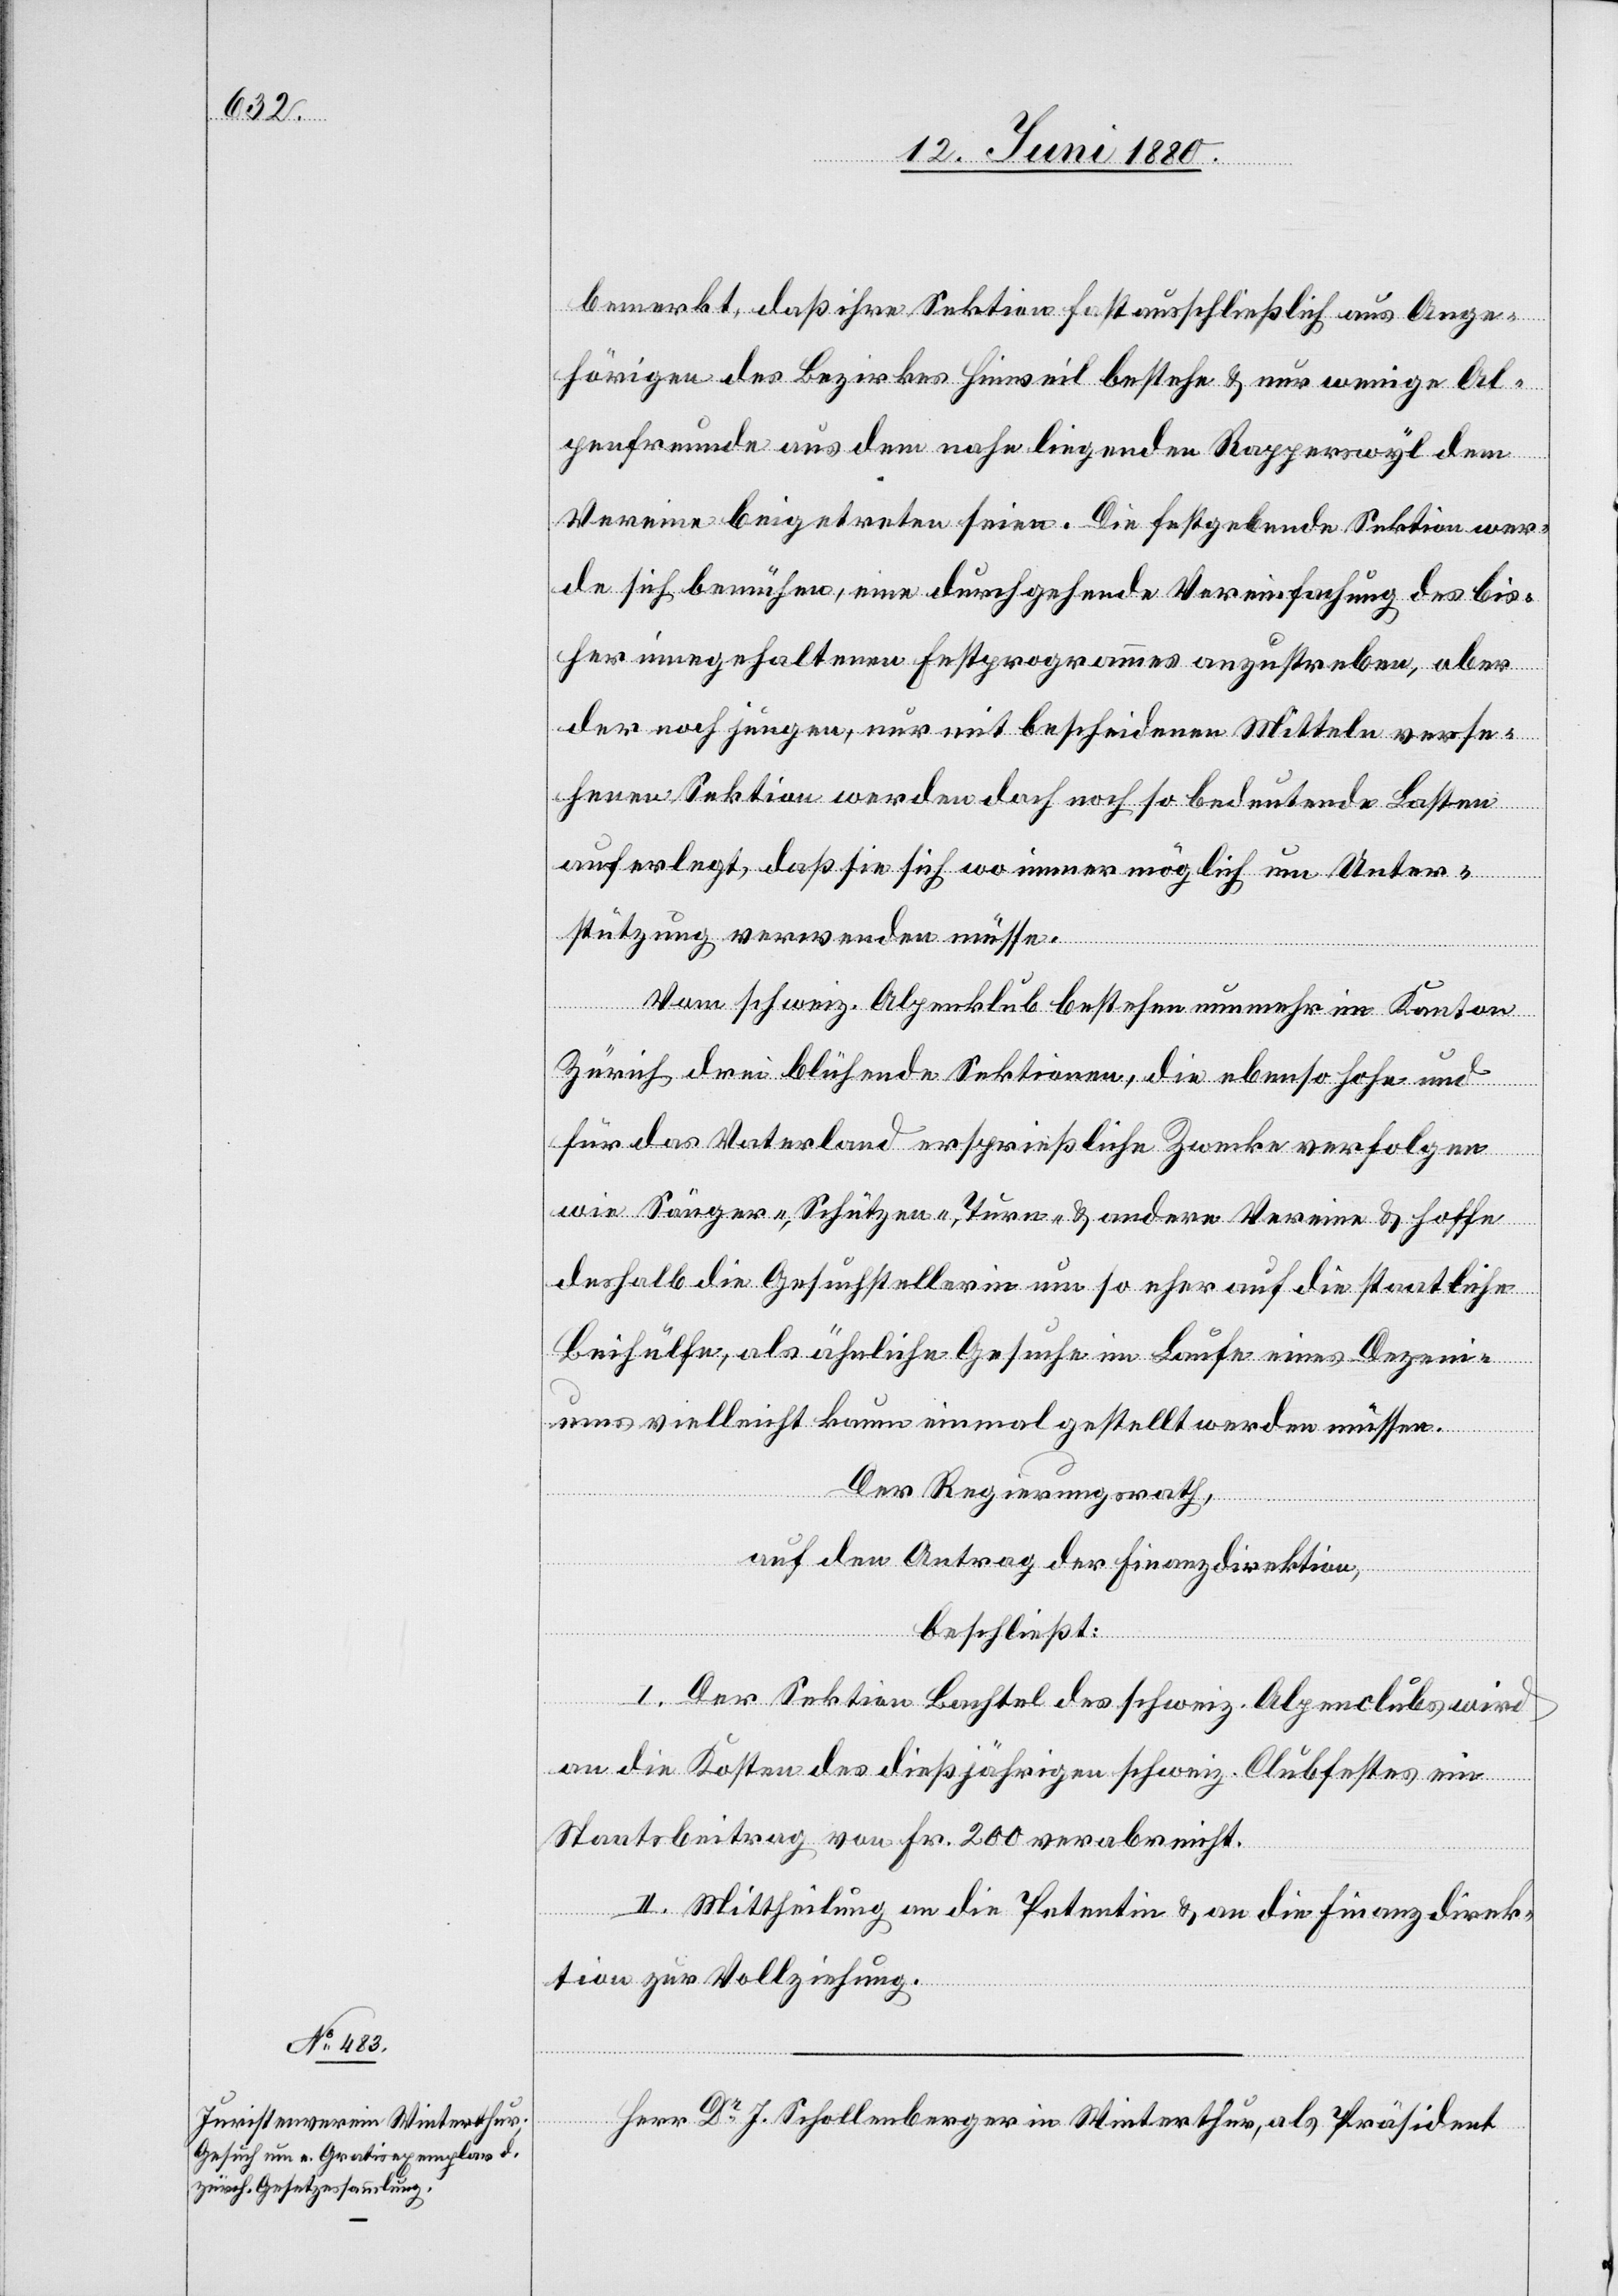
bemerkt, daß ihre Sektion fast ausschließlich aus Ange¬
hörigen des Bezirkes Hinweil bestehe & nur wenige Al¬
penfreunde aus dem nahe liegenden Rapperswyl dem
Vereine beigetreten seien. Die festgebende Sektion wer¬
de sich bemühen, eine durchgehende Vereinfachung des bis¬
her innegehaltenen Festprogrammes anzustreben, aber
der noch jungen, nur mit bescheidenen Mitteln verse¬
henen Sektion werden doch noch so bedeutende Lasten
auferlegt, daß sie sich wo immer möglich um Unter¬
stützung verwenden müsse.
Vom schweiz. Alpenklub bestehen nunmehr im Kanton
Zürich drei blühende Sektionen, die ebenso hohe und
für das Vaterland ersprießliche Zwecke verfolgen
wie Sänger-, Schützen-, Turn- & andere Vereine & hoffe
deshalb die Gesuchstellerin um so eher auf die staatliche
Beihülfe, als ähnliche Gesuche im Laufe eines Dezeni¬
ums vielleicht kaum einmal gestellt werden müssen.
Der Regierungsrath,
auf den Antrag der Finanzdirektion,
beschließt:
I. Der Sektion Bachtel des schweiz. Alpenclubs wird
an die Kosten des dießjährigen schweiz. Clubfestes ein
Staatsbeitrag von Fr. 200 verabreicht.
II. Mittheilung an die Petentin & an die Finanzdirek¬
tion zur Vollziehung.
Herr Dr J. Schollenberger in Winterthur, als Präsident